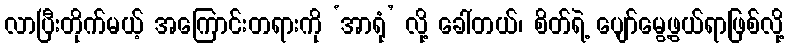
လာပြီးတိုက်မယ့် အကြောင်းတရားကို ‘အာရုံ’ လို့ ခေါ်တယ်၊ စိတ်ရဲ့ ပျော်မွေ့ဖွယ်ရာဖြစ်လို့